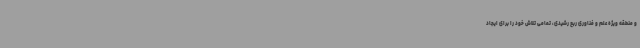
و منطقه ویژه علم و فناوری ربع رشیدی، تمامی تلاش خود را برای ایجاد